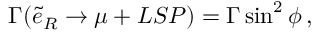
\Gamma ( \tilde { e } _ { R } \rightarrow \mu + L S P ) = \Gamma \sin ^ { 2 } { \phi } \, ,